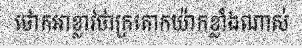
ថោកអាខ្លាវថាក្រតោកយ៉ាកខ្លាំងណាស់